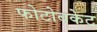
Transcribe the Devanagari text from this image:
फोटोबकेट